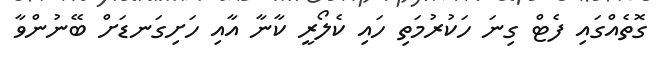
ގޮތެއްގައި ފެޓް ގިނަ ހަކުރުމަތި ހައި ކެލޯރީ ކާނާ އާއި ހަށިގަނޑަށް ބޭނުންވާ